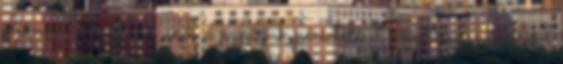
eljönni Ságvárra akik a papírjuk pecsételését követően szó nélkül